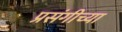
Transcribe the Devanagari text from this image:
प्रसंगीच्या